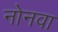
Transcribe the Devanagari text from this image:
नोनवा